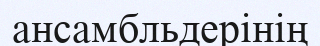
ансамбльдерінің